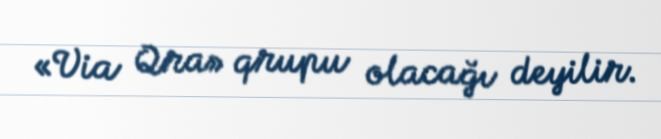
«Via Qra» qrupu olacağı deyilir.